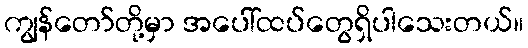
ကျွန်တော်တို့မှာ အပေါ်ထပ်တွေရှိပါသေးတယ်။